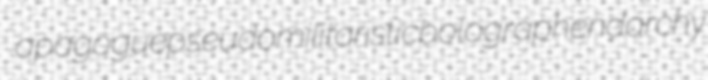
apagogue pseudomilitaristic bolograph endarchy